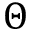
\Theta